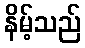
နိမ့်သည်